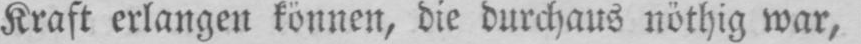
Kraft erlangen können, die durchaus nöthig war,